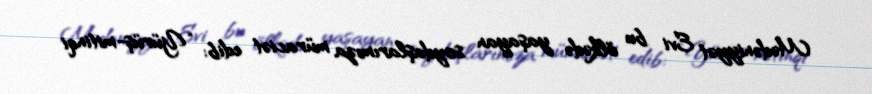
Mədəniyyət Evi bu ölkədə yaşayan soydaşlarımıza müraciət edib: “Yürüş-mitinqi